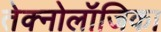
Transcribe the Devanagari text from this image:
तेक्नोलॉजिका